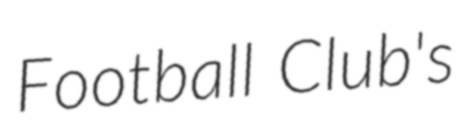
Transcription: Football Club's